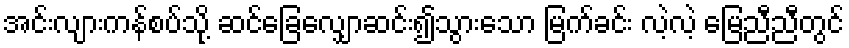
အင်းလျားကန်စပ်သို့ ဆင်ခြေလျှောဆင်း၍သွားသော မြက်ခင်း လဲ့လဲ့ မြေညီညီတွင်